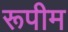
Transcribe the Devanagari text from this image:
रूपीम